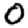
Digit: 0